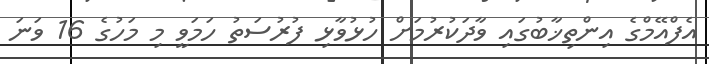
އެފްއޭމްގެ އިންތިޚާބުގައި ވާދަކުރުމަށް ހުޅުވާޅި ފުރުސަތު ހަމަވީ މި މަހުގެ 16 ވަނަ